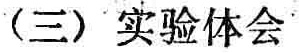
（三）实验体会